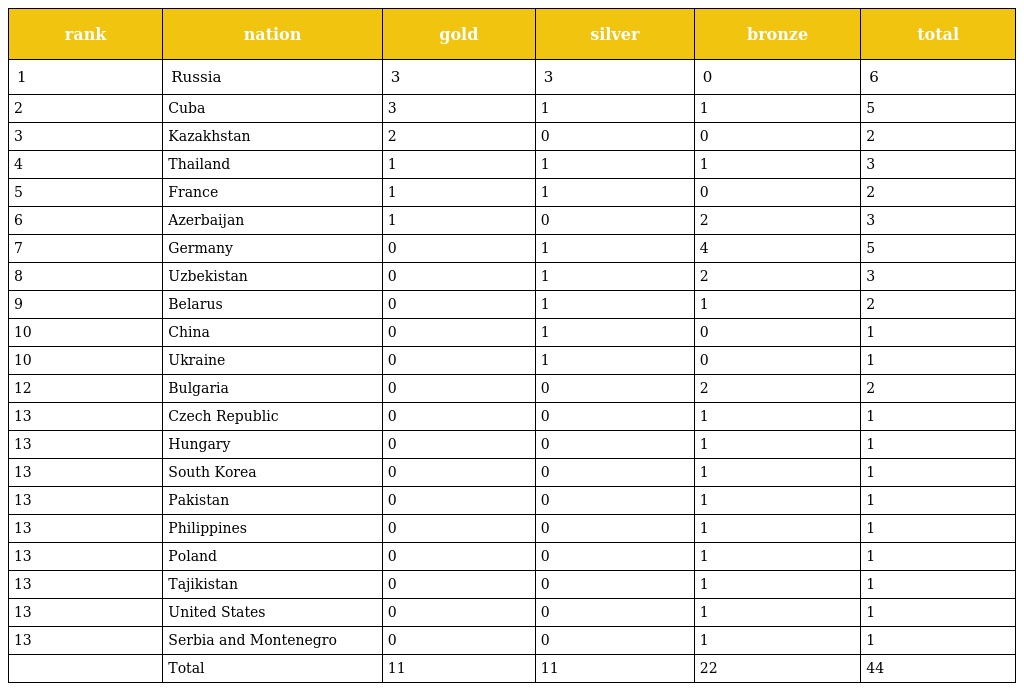
| rank | nation | gold | silver | bronze | total |
 | --- | --- | --- | --- | --- | --- |
 | 1 | Russia | 3 | 3 | 0 | 6 |
 | 2 | Cuba | 3 | 1 | 1 | 5 |
 | 3 | Kazakhstan | 2 | 0 | 0 | 2 |
 | 4 | Thailand | 1 | 1 | 1 | 3 |
 | 5 | France | 1 | 1 | 0 | 2 |
 | 6 | Azerbaijan | 1 | 0 | 2 | 3 |
 | 7 | Germany | 0 | 1 | 4 | 5 |
 | 8 | Uzbekistan | 0 | 1 | 2 | 3 |
 | 9 | Belarus | 0 | 1 | 1 | 2 |
 | 10 | China | 0 | 1 | 0 | 1 |
 | 10 | Ukraine | 0 | 1 | 0 | 1 |
 | 12 | Bulgaria | 0 | 0 | 2 | 2 |
 | 13 | Czech Republic | 0 | 0 | 1 | 1 |
 | 13 | Hungary | 0 | 0 | 1 | 1 |
 | 13 | South Korea | 0 | 0 | 1 | 1 |
 | 13 | Pakistan | 0 | 0 | 1 | 1 |
 | 13 | Philippines | 0 | 0 | 1 | 1 |
 | 13 | Poland | 0 | 0 | 1 | 1 |
 | 13 | Tajikistan | 0 | 0 | 1 | 1 |
 | 13 | United States | 0 | 0 | 1 | 1 |
 | 13 | Serbia and Montenegro | 0 | 0 | 1 | 1 |
 |  | Total | 11 | 11 | 22 | 44 |